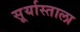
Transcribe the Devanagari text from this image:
सूर्यास्ताला